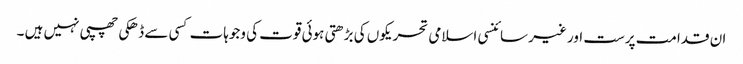
ان قدامت پرست اور غیر سائنسی اسلامی تحریکوں کی بڑھتی ہوئی قوت کی وجوہات کسی سے ڈھکی چھپی نہیں ہیں ۔